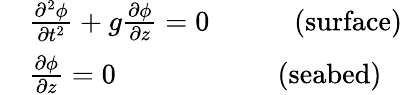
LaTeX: {\begin{array}{rl}&{{\frac{\partial^{2}\phi}{\partial t^{2}}}+g{\frac{\partial\phi}{\partial z}}=0\quad\quad\quad({\mathrm{surface}})}\\ &{{\frac{\partial\phi}{\partial z}}=0{\phantom{{\frac{\partial^{2}\phi}{\partial t^{2}}}+}}\, \, \quad\quad\quad({\mathrm{seabed}})}\end{array}}